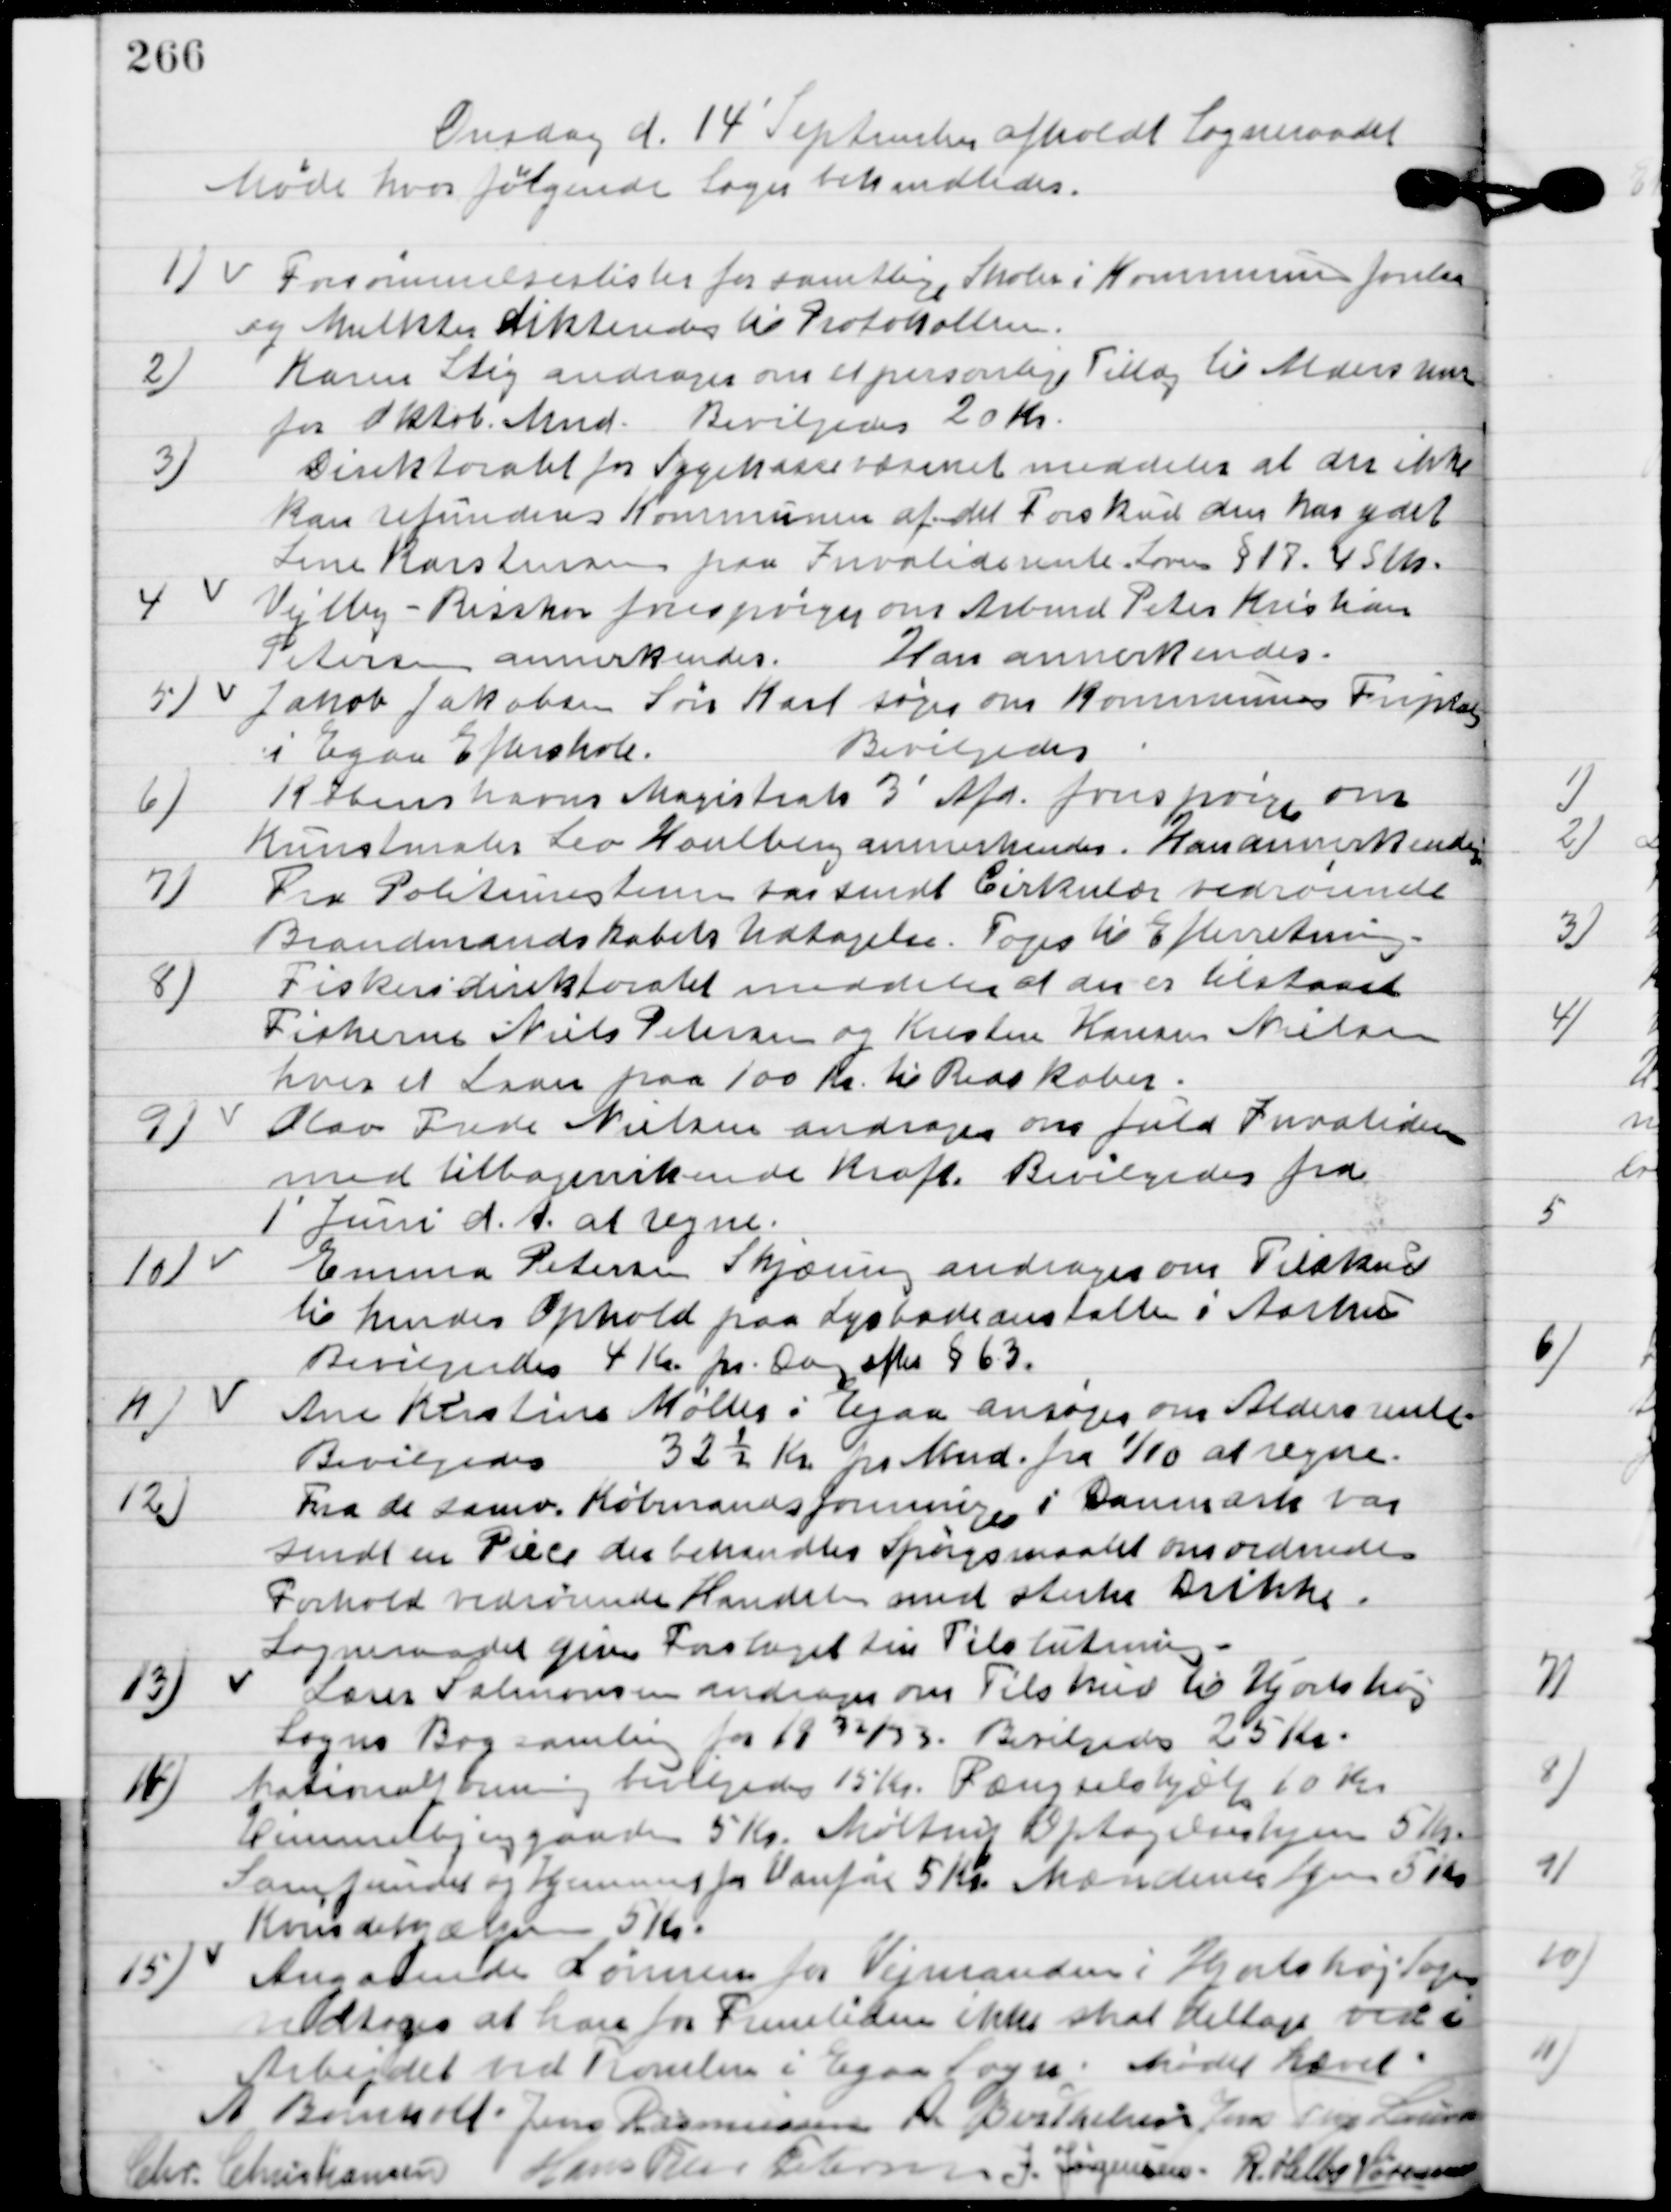
Transskription:
Onsdag d. 14. September afholdt Sogneraadet
Møde hvor følgende Sager behandledes.

1

Forsømmelseslister for samtlige Skoler i Kommunen forelaa
og Mulkter dikteredes til Protokollen.

2.

Karen Stig andrager om et personligt tillæg til Aldersrenten
fra Oktob. Mnd.
Bevilgedes 20 Kr.

3

Direktoratet for Sygekassevæsenet meddeler at der ikke
kan refunderes Kommunen af det Forskud den har ydet
Lene Karstensen fra Invaliderente loven § 17. 45 Stk.

4.

Vejlby-Risskov forespørger om Arbmd. Peter Kristian
Petersen annerkendes.
Han annerkendes.

5

Jakob Jakobsen Søn Karl søger om Kommunens friplads
i Egaa Efterskole.
Bevilgedes.

6

Københavns Magistrats 3´ Afd. Forespørger om
Kunstmaler Leo Houlberg annerkendes.
Han annerkendes.

7

Fra Politimesteren var sendt Cirkulær vedrørende
Brandmandskabets Udtagelse.
Toges til Efterretning.

8

Fiskeridirektoratet meddeler at der er tilstaaet
Fiskerne Niels Nielsen og Kresten Hansen Nielsen
 hver et Laan paa 100 Kr. til Redskaber.

9.

Olav Frede Nielsen andrager om fuld Invaliderente
med tilbagevirkende kraft.
Bevilgedes fra
1´ Juni d. A. at regne.

10.

Emma Petersen Skjæring andrager om Tilskud
til hendes Ophold paa Lysbadeanstalten i Aarhus
Bevilgedes 4 Kr. pr. Dag efter § 63.

11.

Ane Kristine Møller i Egaa ansøger om Aldersrente.
Bevilgedes 32½ Kr. pr. Mnd. Fra 1/10 at regne.

12

Fra de Samv. Købmandsforeninger i Danmark var
sendt en Piece der behandler Spørgsmaalet om ordnede
forhold vedrørende Handel med stærke drikke.
Sogneraadet giver Forslaget sin Tilslutning.

13

Lærer Salomonsen andrager om Tilskud til Hjortshøj
sogns Bogsamling for 1932/33.
Bevilgedes 25 Kr.

14.

Nationalforeningen bevilgedes15 Kr. Fængselshjælp 10 Kr.
Himmelbjerg gaarden 5 Kr. Møltrup Optagelseshjem 5 Kr.
Samfundets og Hjemmet for Vanføre 5 kr. Mændenes Hjem 5 Kr.
Kvindehjemmet 5 Kr.

15

Angaaende Lønnen for Vejmanden i Hjortshøj Sogn
 vedtoges at han for Fremtiden ikke skal deltage i
Arbejdet ved Tromlen i Egaa Sogn.

Mødet hævet.

A. Bomholt
Jens Rasmussen
A. Berthelsen
Jens Terp Laursen,
Chr. Christiansen
Hans Peter Pedersen
J. Jørgensen
R. Helbo Sørensen